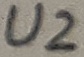
Text: U2